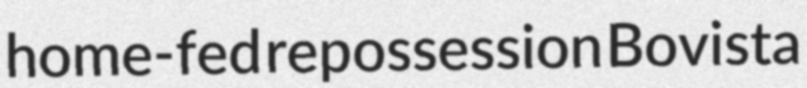
home-fed repossession Bovista